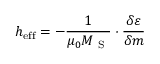
\boldsymbol { h } _ { \mathrm { { e f f } } } = - \frac { 1 } { \mu _ { 0 } M _ { \mathrm { ~ S ~ } } } \cdot \frac { \delta \varepsilon } { \delta \boldsymbol { m } }